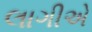
લાગીએ